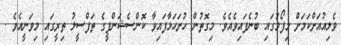
ވެލިއުއަށްކަމަށް މިފޯމުގައި ބުނެފައިވެއެވެ. މިގޮތުން ހުށަހަޅާފައިވާ ކޮންސެޝަންފީގެ ތަފްސީލު ތިރީގައި މިވަނީއެވެ .